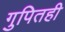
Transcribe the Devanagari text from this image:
गुपितही